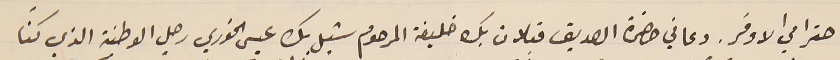
احترامي الاوفر. دعاني حضرة الصديق قبلان بك خليفة المرحوم شبل بك عيسى الخوري رجل الوطنية الذي كنّا